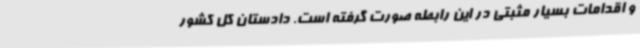
و اقدامات بسیار مثبتی در این رابطه صورت گرفته است. دادستان کل کشور